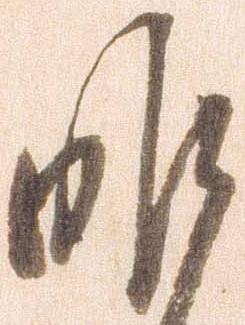
昨